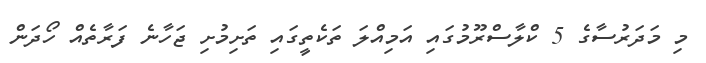
މި މަދަރުސާގެ 5 ކްލާސްރޫމުގައި އަމިއްލަ ތަކެތީގައި ތަށިމުށި ޖަހާނެ ފަރާތެއް ހޯދަން